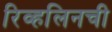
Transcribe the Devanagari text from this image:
रिव्हलिनची